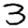
Digit: 3